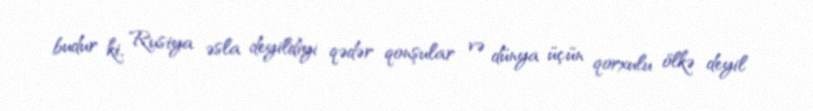
budur ki, Rusiya əsla deyildiyi qədər qonşular və dünya üçün qorxulu ölkə deyil